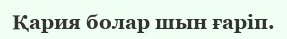
Қария болар шын ғаріп.